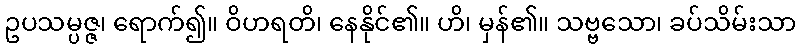
ဥပသမ္ပဇ္ဇ၊ ရောက်၍။ ဝိဟရတိ၊ နေနိုင်၏။ ဟိ၊ မှန်၏။ သဗ္ဗသော၊ ခပ်သိမ်းသာ